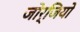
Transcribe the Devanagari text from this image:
जोर्जियो